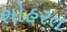
શોહરત